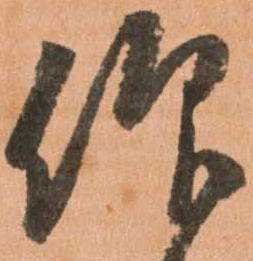
仰